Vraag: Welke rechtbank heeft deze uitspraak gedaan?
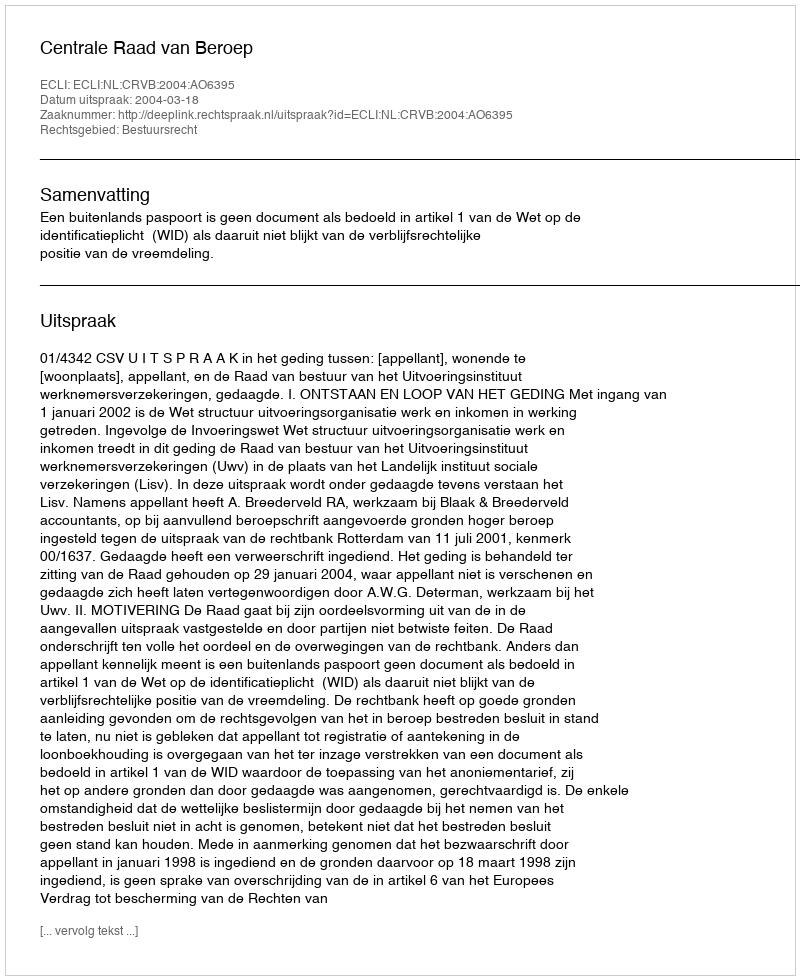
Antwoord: Centrale Raad van Beroep